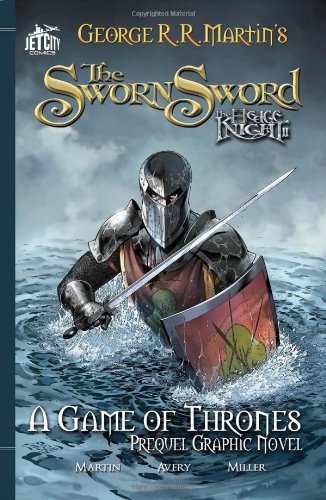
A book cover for The Sworn Sword: The Graphic Novel (A Game of Thrones); George R. R. Martin; Comics & Graphic Novels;